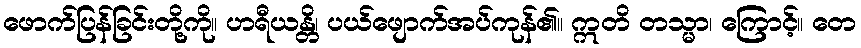
ဖောက်ပြန်ခြင်းတို့ကို။ ဟရီယန္တိ၊ ပယ်ဖျောက်အပ်ကုန်၏။ ဣတိ တသ္မာ၊ ကြောင့်။ တေ